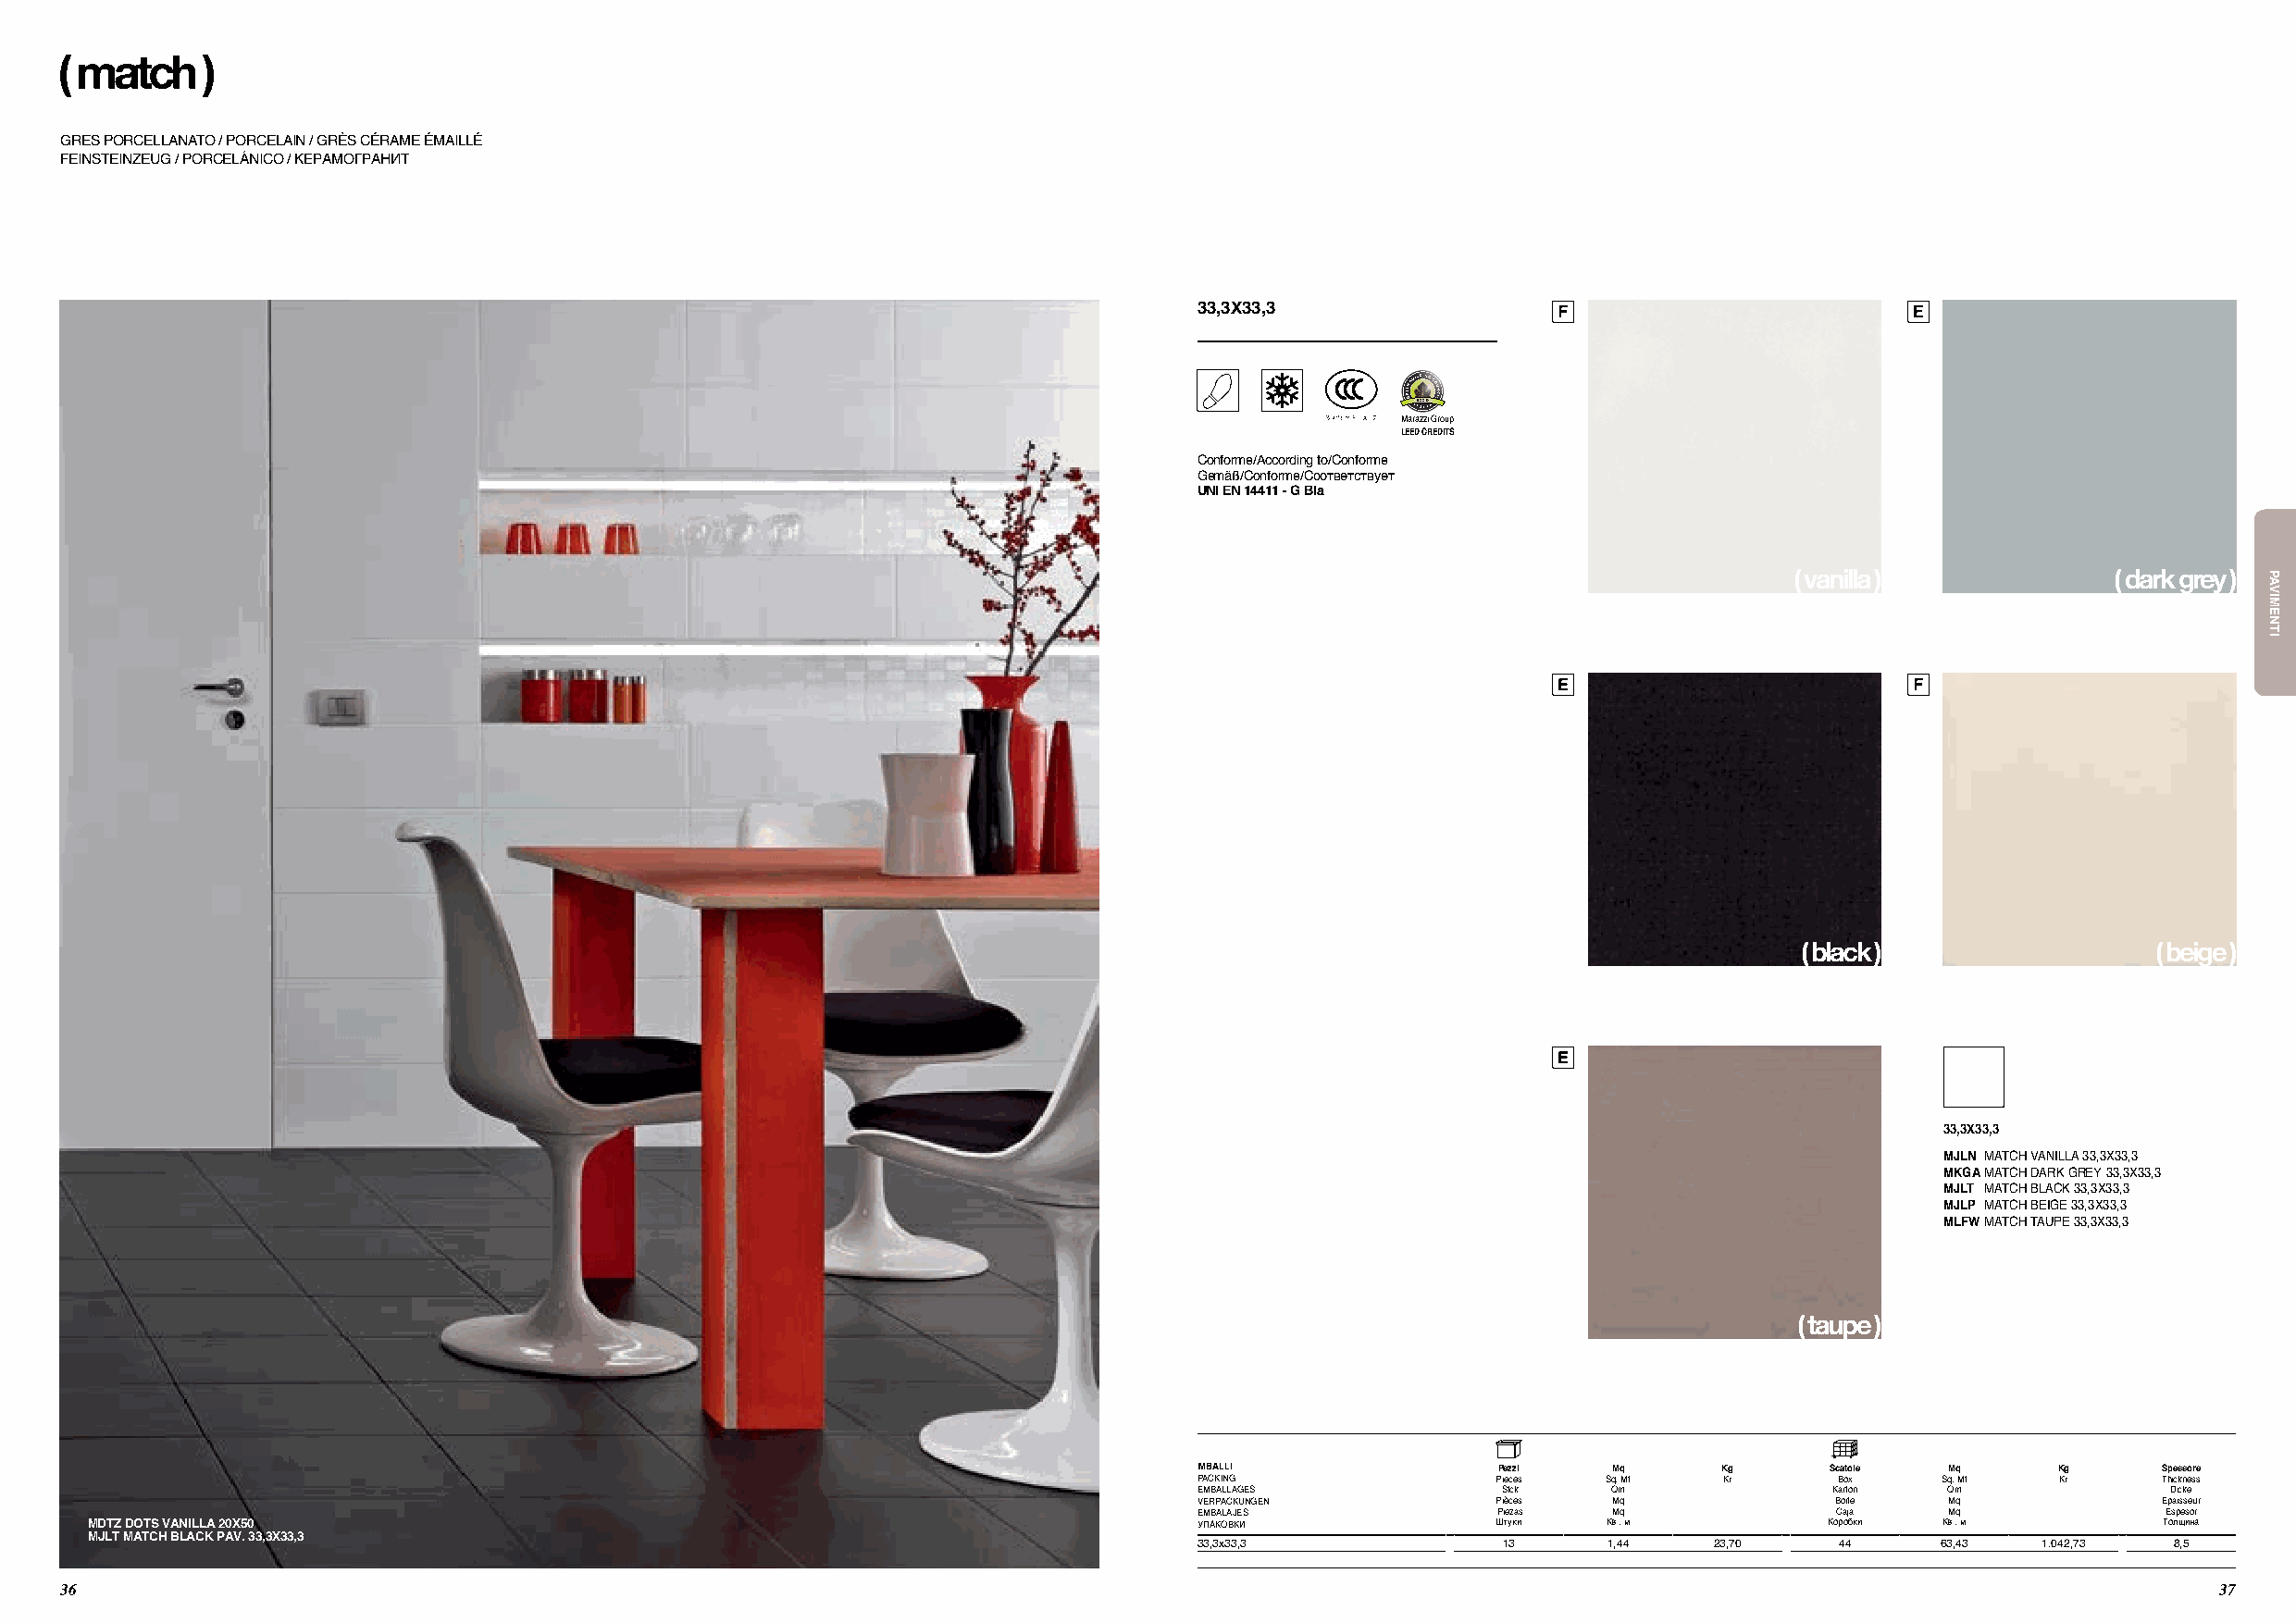
( match   )
 Gres pOrcellAnAtO / pOrcelAin / Grès cérAMe éMAillé
 feinSteinzeug / PoRcelÁnico / КерАмогрАнИт
 33,3X33,3
 Marazzi Group
 LEED CREDITS
 conforme/According to/conforme
 gemäß/conforme/соответствует
 UNI EN 14411 - G BIa
 ( vanilla )            ( dark grey )
 ( black )                ( beige )
 33,3X33,3
 MJLN MAtch VAnillA 33,3x33,3
 MKGA MAtch dArK Grey 33,3x33,3
 MJLT MAtch blAcK 33,3x33,3
 MJLP MAtch beiGe 33,3x33,3
 MLFW MAtch tAupe 33,3x33,3
 ( taupe )
 IMBALLI              Pezzi   Mq      Kg      Scatole Mq      Kg      Spessore
 pAcKinG              pieces  sq. Mt  Кг      box     sq. Mt  Кг      thickness
 eMbAllAGes           stck    qm              Karton  qm              dicke
 VerpAcKunGen         pièces  Mq              boite   Mq              epaisseur
 eMbAlAjes            piezas  Mq              caja    Mq              espesor
 MDTZ DOTS VANILLA 20X50                                                         УпАКоВКИ             Штуки   Кв . м          Коробки Кв . м          толщина
 MJLT MATCH BLACK PAV. 33,3X33,3
 33,3x33,3            13      1,44    23,70    44     63,43  1.042,73 8,5
 36                                                                                                                                                         37
 PAVIMENTI